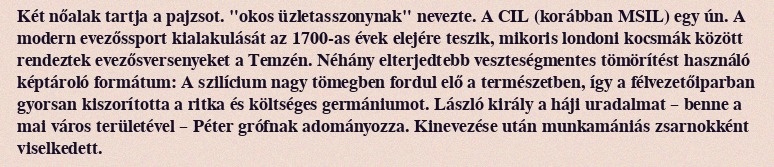
Két nőalak tartja a pajzsot. "okos üzletasszonynak" nevezte. A CIL (korábban MSIL) egy ún. A modern evezőssport kialakulását az 1700-as évek elejére teszik, mikoris londoni kocsmák között rendeztek evezősversenyeket a Temzén. Néhány elterjedtebb veszteségmentes tömörítést használó képtároló formátum: A szilícium nagy tömegben fordul elő a természetben, így a félvezetőiparban gyorsan kiszorította a ritka és költséges germániumot. László király a háji uradalmat – benne a mai város területével – Péter grófnak adományozza. Kinevezése után munkamániás zsarnokként viselkedett.